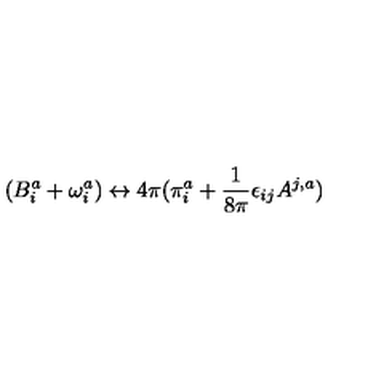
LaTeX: ( B _ { i } ^ { a } + \omega _ { i } ^ { a } ) \leftrightarrow 4 \pi ( \pi _ { i } ^ { a } + \frac { 1 } { 8 \pi } \epsilon _ { i j } A ^ { j , a } )